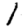
Digit: 1